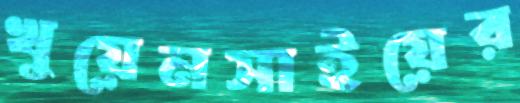
খুয়েনসাইয়ের